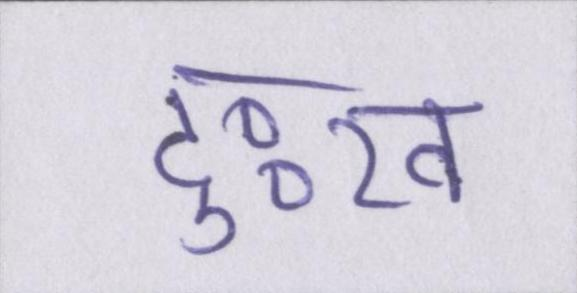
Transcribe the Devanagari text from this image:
दुःख